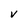
Character: v